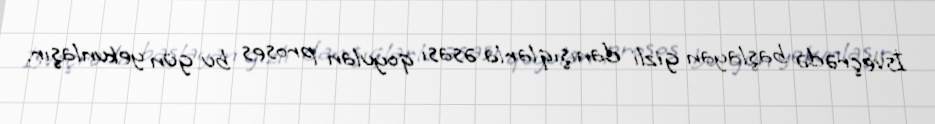
İsveçrədə başlayan gizli danışıqlarla əsası qoyulan proses bu gün yekunlaşır.